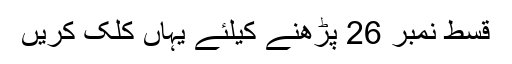
قسط نمبر 26 پڑھنے کیلئے یہاں کلک کریں